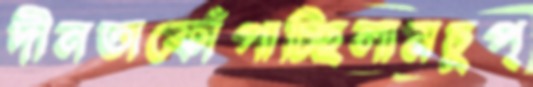
দীনতাফোঁপাচ্ছিলামচুপ্‌